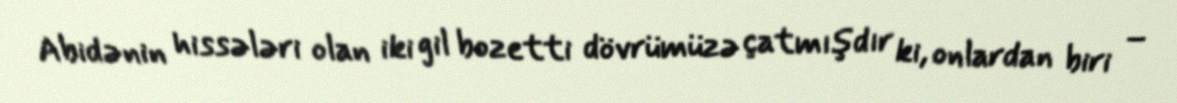
Abidənin hissələri olan iki gil bozetti dövrümüzə çatmışdır ki, onlardan biri –